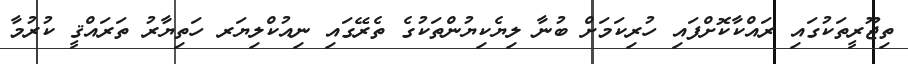
ތިޖޫރީތަކުގައި ރައްކާކޮށްފައި ހުރިކަމަށް ބުނާ ލިޔެކިޔުންތަކުގެ ތެރޭގައި ނިއުކްލިޔަރ ހަތިޔާރު ތަރައްޤީ ކުރުމާ